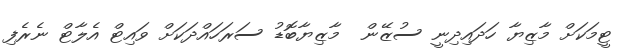
ޓީމަކަށް މާޒިޔާ ހަދައިދިނީ ސުޒޭން  މާޒިޔާބޮޑު ސަރަހައްދަކަށް ވައިޓް އެލާޓް ނެރެފި